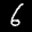
Label: 6